Elephants and their diseases
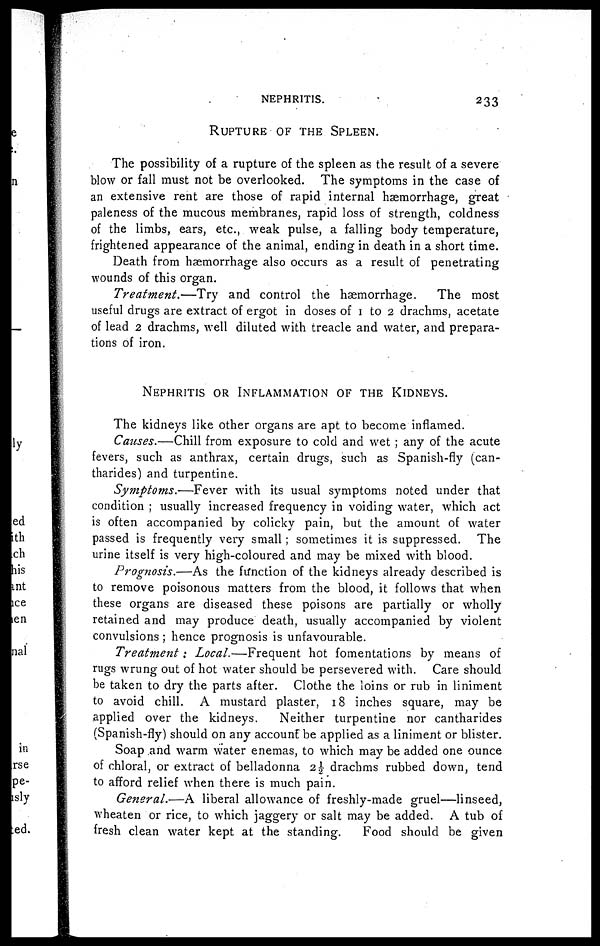
NEPHRITIS.
233
RUPTURE OF THE SPLEEN.
The possibility of a rupture of the spleen as the result of a severe
blow or fall must not be overlooked. The symptoms in the case of
an extensive rent are those of rapid internal haemorrhage, great
paleness of the mucous membranes, rapid loss of strength, coldness
of the limbs, ears, etc., weak pulse, a falling body temperature,
frightened appearance of the animal, ending in death in a short time.
Death from haemorrhage also occurs as a result of penetrating
wounds of this organ.
Treatment.—Try
and control the haemorrhage.
The most
useful drugs are extract of ergot in doses of 1 to 2 drachms, acetate
of lead 2 drachms, well diluted with treacle and water, and prepara-
tions of iron.
NEPHRITIS OR INFLAMMATION OF THE KIDNEYS.
The kidneys like other organs are apt to become inflamed.
Causes.—Chill from exposure to cold and wet ; any of the acute
fevers, such as anthrax, certain drugs, such as Spanish-fly (can-
tharides) and turpentine.
Symptoms.—Fever
with its usual symptoms noted under that
condition ; usually increased frequency in voiding water, which act
is often accompanied by colicky pain, but the amount of water
passed is frequently very small ; sometimes it is suppressed. The
urine itself is very high-coloured and may be mixed with blood.
Prognosis.—As the function of the kidneys already described is
to remove poisonous matters from the blood, it follows that when
these organs are diseased these poisons are partially or wholly
retained and may produce death, usually accompanied by violent
convulsions ; hence prognosis is unfavourable.
Treatment:
Local.—Frequent
hot fomentations by means of
rugs wrung out of hot water should be persevered with. Care should
be taken to dry the parts after. Clothe the loins or rub in liniment
to avoid chill. A mustard plaster, 18 inches square, may be
applied over the kidneys.
Neither turpentine nor cantharides
(Spanish-fly) should on any account be applied as a liniment or blister.
Soap and warm water enemas, to which may be added one ounce
of chloral, or extract of belladonna 2½ drachms rubbed down, tend
to afford relief when there is much pain.
General.—A liberal allowance of freshly-made gruel—linseed,
wheaten or rice, to which jaggery or salt may be added. A tub of
fresh clean water kept at the standing.
Food should be given